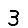
Digit: 3